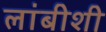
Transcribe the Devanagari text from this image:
लांबीशी